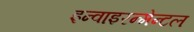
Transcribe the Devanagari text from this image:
इन्वाइरन्मेन्टल